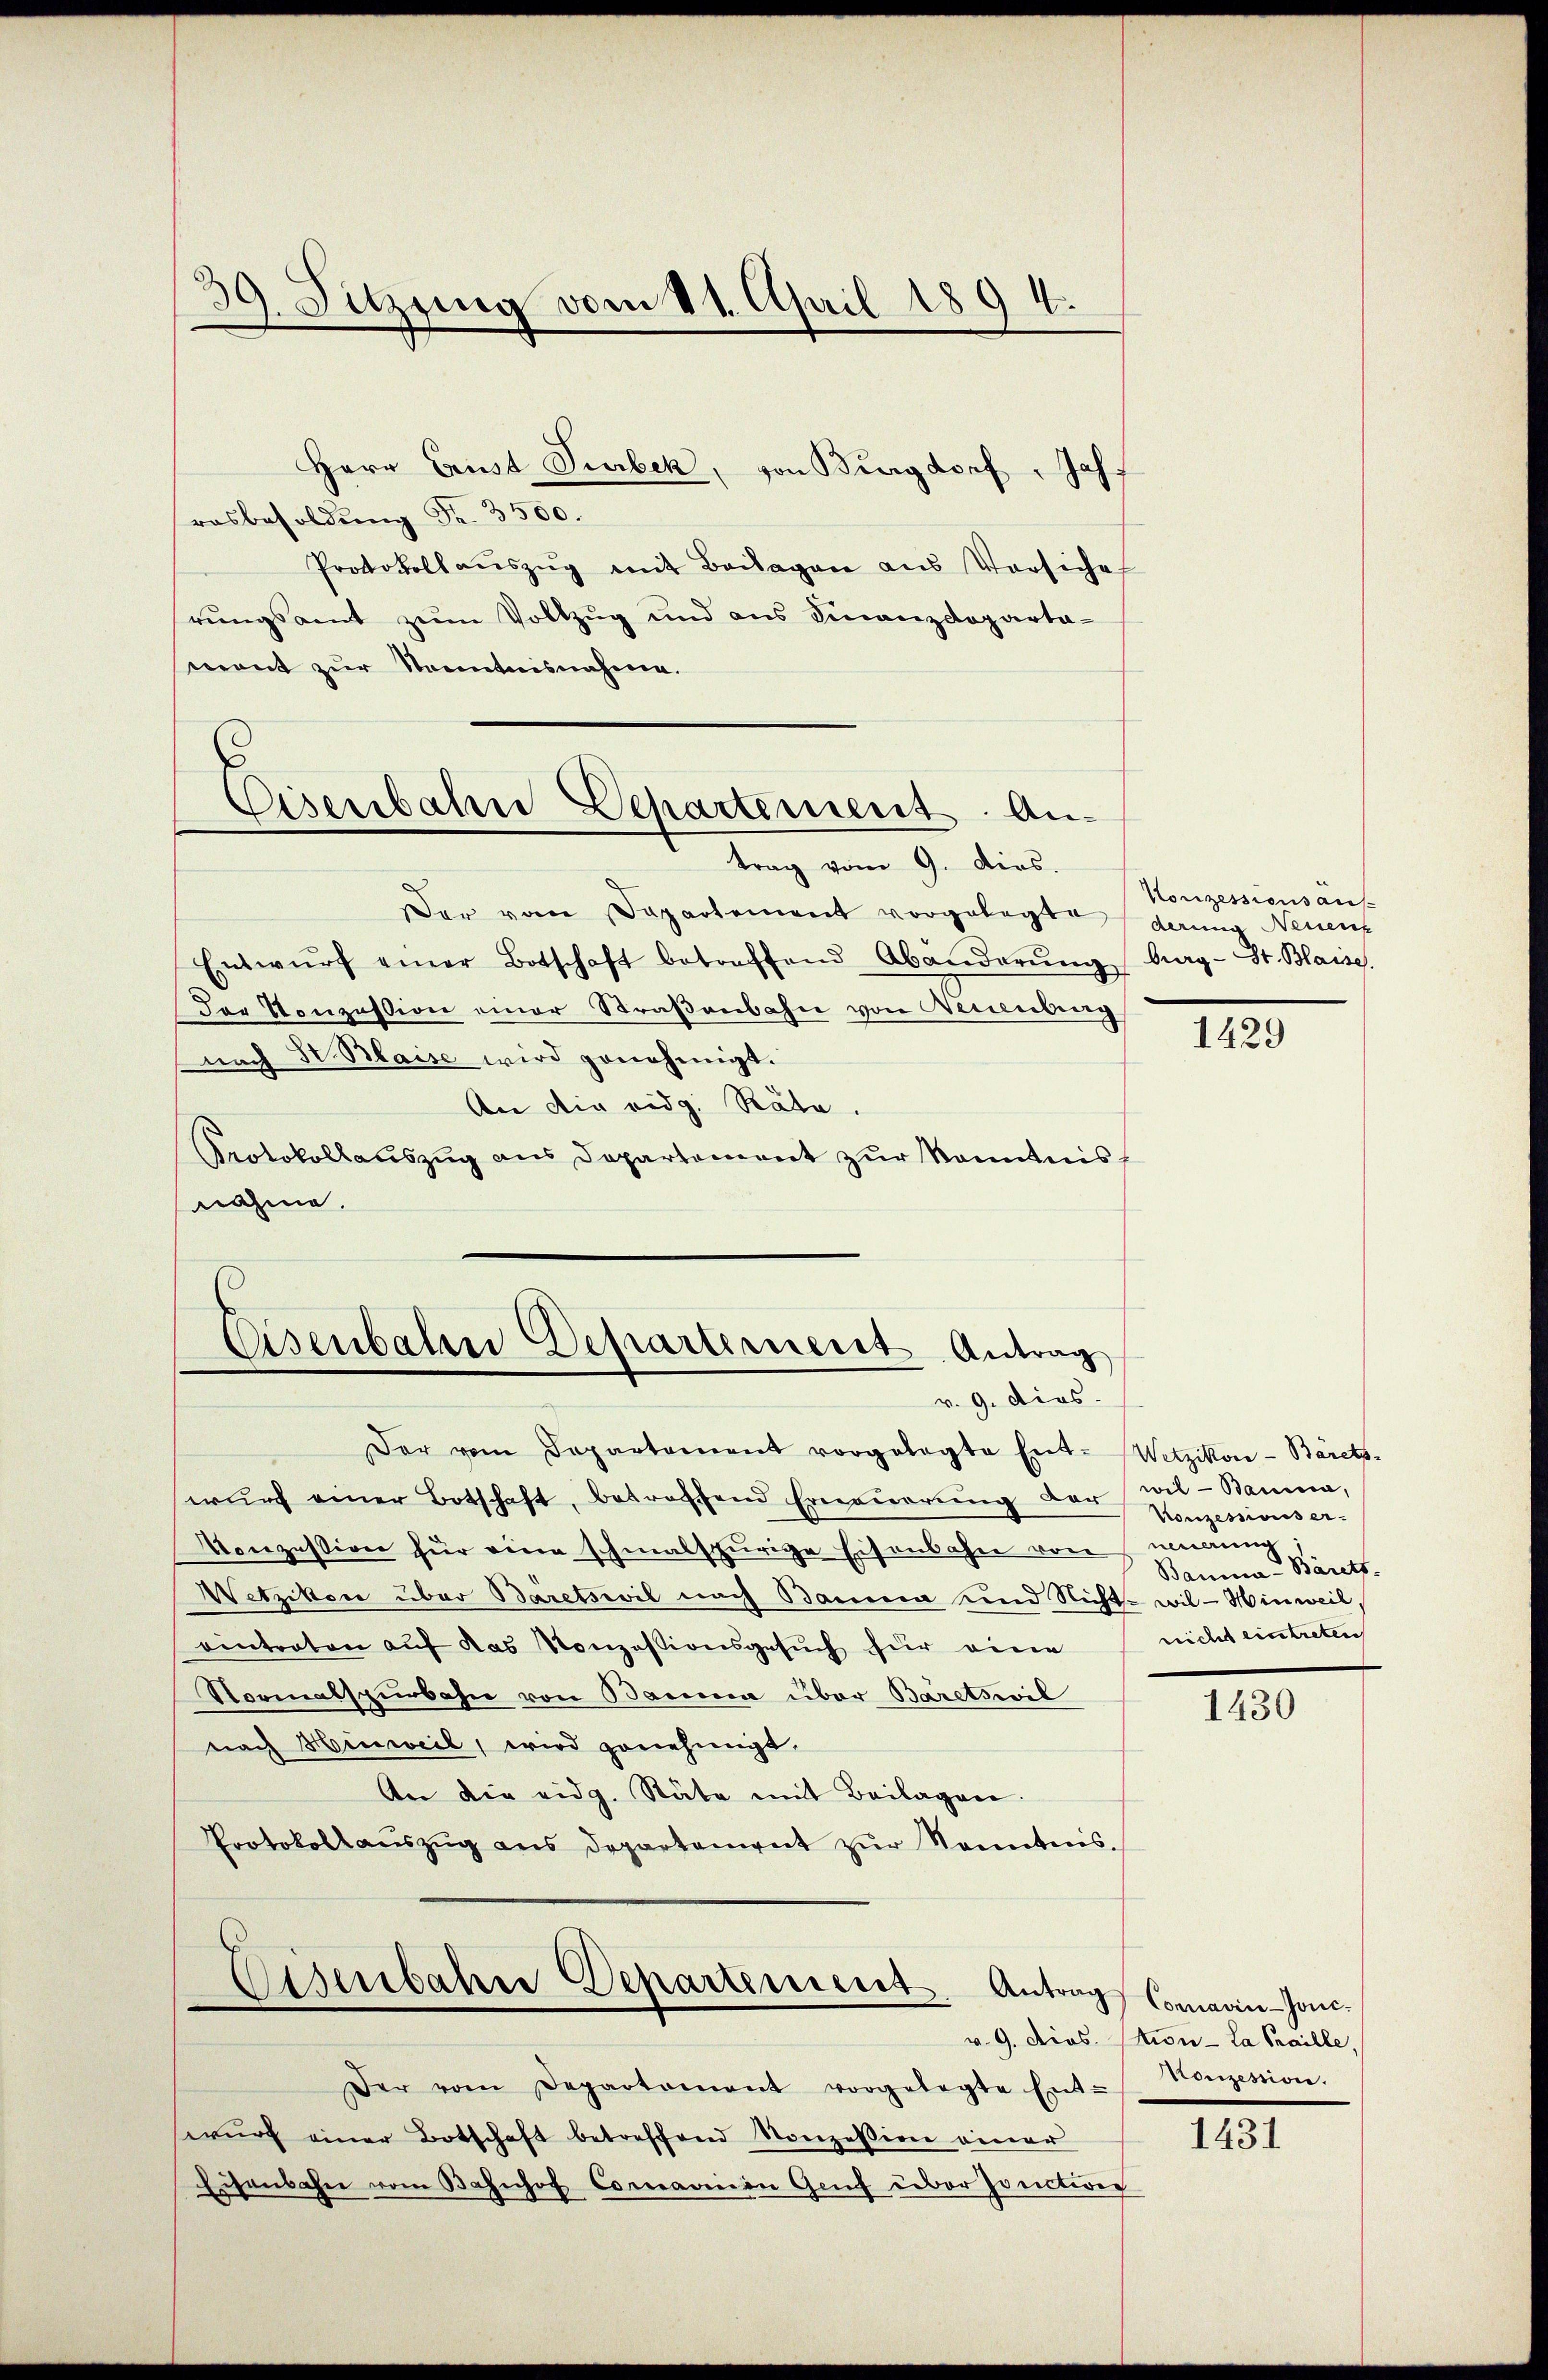
39. Sitzung vom 11. April 1894.

Herr Grust Turbek, von Burgdorf. Jahrosbesoldung Fr. 3500.
Protokollaŭszŭg mit Beilagen aus Vorsiche
rungsamt zum Vollzug und aus Finanzdeparta-
mont zur Sonntnisnahme.
trag vom 9. dies.
Der vom Departement vorgelegte
Entwŭrf einer Botschaft betreffend Abänderŭng burg-St. Blaise.
Der Konzession einer Straßenbahn von Neuenburg
nach Sr. Maise wird genehmigt.
An die eidg. Räte.
Protokollauszug aus Departement zur Kenntnis
nahme.

Eisenbahn Departement. An-

Eisenbaten Departernent Antrag
v. 9. dios.

Eisenbahre Departerient. Antrag Comain-Joni-

Der vom Departement vorgelegte Ent-Wetzikon-Bärets-
wŭrf einer Botschaft, betreffend Erneŭerŭng der wil-Bauma,
Konzession für eine schmalspurige Eisenbahn von
Wetzikon über Baretswil nach Bauma und Nicht wil - Hinweil,
eintreten auf das Konzessionsgesuch für eine
Normatspürbahn von Bauma über Bäretswil
nach Hinweil, wird genehmigt.
An die eidg. Stäte mit Beilagen.
Protokollauszug aus Departement zur Kenntnis.

Der vom Departament vorgelegte Ent- Konzession.
wŭrf einer Botschaft betreffend Konzession einer
Eisenbahn vom Bahnhof Comarinen Genf ueber Jonctiven

Konzessionsans
derum Neuen

1429

Konzessionser.
iindung
Bauma-Bärets.
richt eintreten

1430

v. 9. Dios. Pion-La Praille,

1431